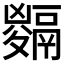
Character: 𩱅